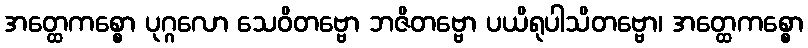
အတ္ထေကစ္စော ပုဂ္ဂလော သေဝိတဗ္ဗော ဘဇိတဗ္ဗော ပယိရုပါသိတဗ္ဗော၊ အတ္ထေကစ္စော